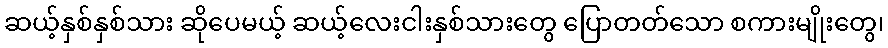
ဆယ့်နှစ်နှစ်သား ဆိုပေမယ့် ဆယ့်လေးငါးနှစ်သားတွေ ပြောတတ်သော စကားမျိုးတွေ၊